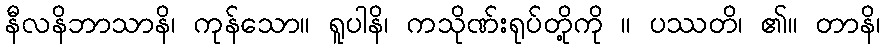
နီလနိဘာသာနိ၊ ကုန်သော။ ရူပါနိ၊ ကသိုဏ်းရုပ်တို့ကို ။ ပဿတိ၊ ၏။ တာနိ၊